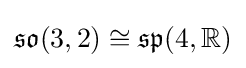
{\mathfrak {so}}(3,2)\cong {\mathfrak {sp}}(4,\mathbb {R} )